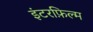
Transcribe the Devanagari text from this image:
इंटरफ़िल्म